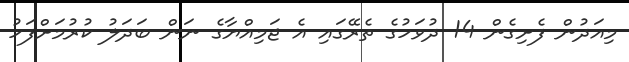
މިއަދުން ފެށިގެން 14 ދުވަހުގެ ތެރޭގައި އެ ޖަމިއްޔާގެ ނަން ބަދަލު ކުރުމަށްފަހު